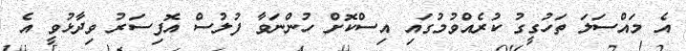
އެ މައްސަލަ ތަހުގީގު ކުރެއްވުމުގައި އިސްކޮށް ހުންނަވާ ފުލުސް އޮފިސަރު ވިދާޅުވީ އެ